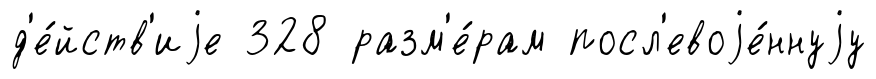
д'е́йств'иjе 328 разм'е́рам посл'евоjе́ннуjу